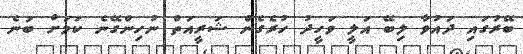
ބޭރުގައި ދައުވާ ލިބޭ އަލީ ވަހީދު ހުރެގެން ޝަރީއަތް ނުހިންގޭނެ ކަމަށް ބުނެ